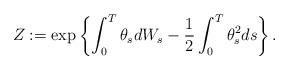
LaTeX: \begin{align*}Z & := \exp \left\{ \int_0^T \theta_s dW_s -\frac{1}{2} \int_0^T \theta_s^2 ds \right\}.\end{align*}